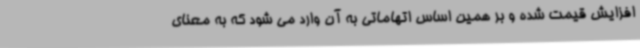
افزایش قیمت شده و بر همین اساس اتهاماتی به آن وارد می شود که به معنای